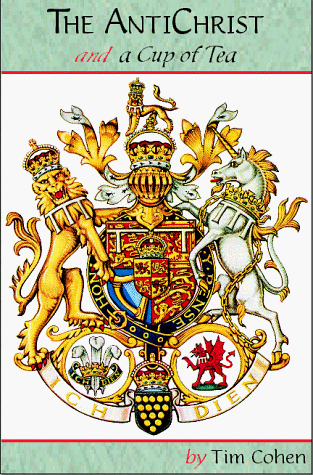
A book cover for The Antichrist and a Cup of Tea; Tim Cohen; Christian Books & Bibles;